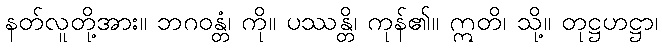
နတ်လူတို့အား။ ဘဂဝန္တံ၊ ကို။ ပဿန္တိ၊ ကုန်၏။ ဣတိ၊ သို့။ တုဋ္ဌဟဋ္ဌာ၊